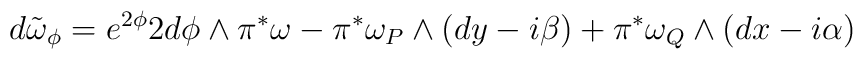
d\tilde{\omega}_{\phi}=e^{2\phi}2d\phi\wedge\pi^{\ast}\omega-\pi^{\ast}\omega_P \wedge (dy-i\beta)+\pi^{\ast}\omega_Q\wedge (dx-i\alpha)